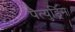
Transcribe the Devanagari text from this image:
पैत्युड्रिन